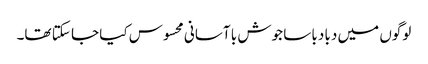
لوگوں میں دبا دبا سا جوش با آسانی محسوس کیا جا سکتا تھا۔